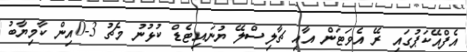
އެފްއޭކަޕުގައި ރޭ އެވަޓަން އާއި ޗާލިސްލޭ ޔުނައިޓެޑް ކުޅުނު މެޗު 3-0އިން ކާމިޔާބު